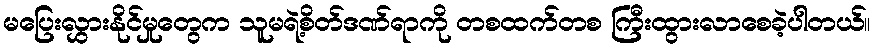
မပြေးလွှားနိုင်မှုတွေက သူမရဲ့စိတ်ဒဏ်ရာကို တစထက်တစ ကြီးထွားလာစေခဲ့ပါတယ်။